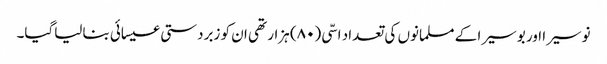
نوسیرا اور بوسیرا کے مسلمانوں کی تعداد اسّی (۸۰) ہزار تھی ان کو زبردستی عیسائی بنالیاگیا۔